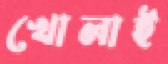
খোলাই